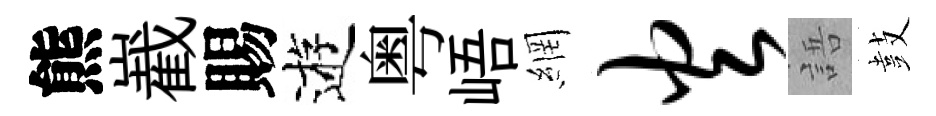
熊嶻賜逰粤峿網火語鼓